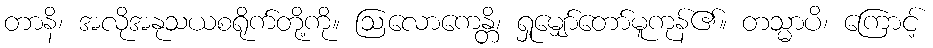
တာနိ၊ အလိုအနုသယစရိုက်တို့ကို။ ဩလောကေန္တိ၊ ရှုမျှော်တော်မူကုန်၏။ တသ္မာပိ၊ ကြောင့်